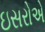
ઇસરોએ